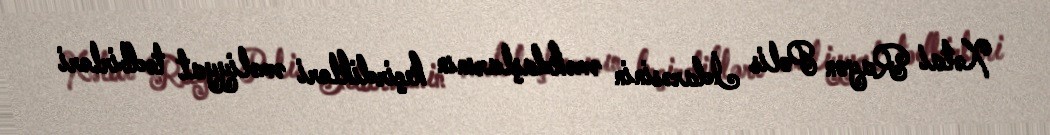
Xətai Rayon Polis İdarəsinin əməkdaşlarının keçirdikləri əməliyyat tədbirləri